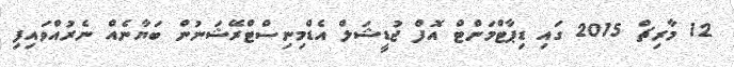
12 މާރިޗް 2015 ގައި ޑިޕާޓްމަންޓް އޮފް ޖުޑީޝަލް އެޑްމިނިސްޓްރޭޝަނުން ބަޔާނެއް ނެރުއްވައިފި